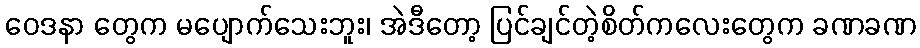
ဝေဒနာ တွေက မပျောက်သေးဘူး၊ အဲဒီတော့ ပြင်ချင်တဲ့စိတ်ကလေးတွေက ခဏခဏ